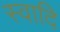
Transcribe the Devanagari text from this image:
स्वादि